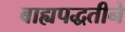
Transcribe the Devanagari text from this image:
बाह्यपद्धतीने